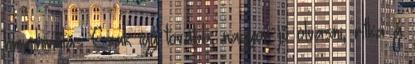
hmm.hivatás Csak így tovább, nagyon jó olvasni, ritka a